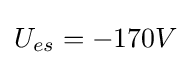
U_{es}=-170V